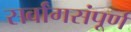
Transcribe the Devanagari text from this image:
सर्वांगसंपूर्ण